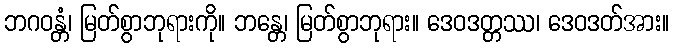
ဘဂဝန္တံ၊ မြတ်စွာဘုရားကို။ ဘန္တေ၊ မြတ်စွာဘုရား။ ဒေဝဒတ္တဿ၊ ဒေဝဒတ်အား။